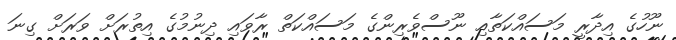
ނޫހުގެ އިދާރީ މަސައްކަތާއި ނޫސްވެރިންގެ މަސައްކަތް ރާވައި ދިނުމުގެ އިތުރަށް ވަރަށް ގިނަ